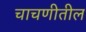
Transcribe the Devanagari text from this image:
चाचणीतील